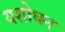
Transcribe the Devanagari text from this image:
यशोधन